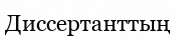
Диссертанттың